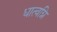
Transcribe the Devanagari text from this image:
धात्वग्नि